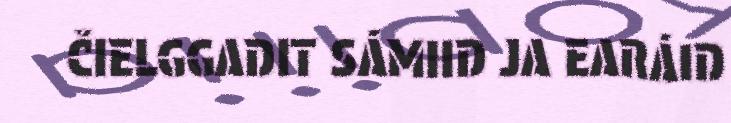
ČIELGGADIT SÁMIID JA EARÁID